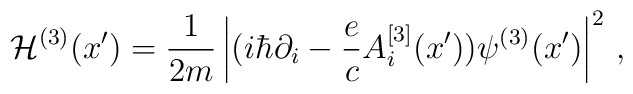
{\cal H}^{(3)} (x{'})= {1 \over 2m} \left|(i \hbar \partial_i - {e\over c} A_i^{[3]} (x{'})) \psi^{(3)} (x{'})\right|^2\,,